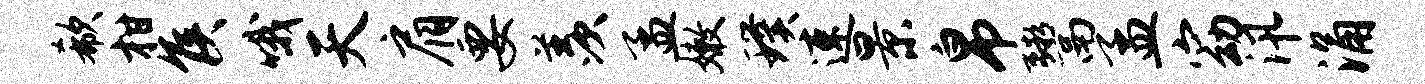
欷柑侯哦天肩要羡孟嫩璞速景帛鬻孟窈汛涌